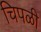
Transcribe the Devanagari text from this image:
चिपळी